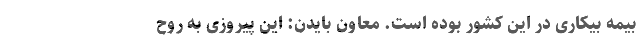
بیمه بیکاری در این کشور بوده است. معاون بایدن: این پیروزی به روح